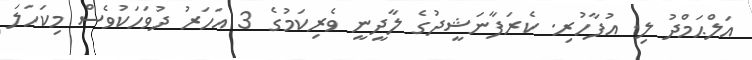
އަލްޙަމްދު ލި. އުފާހުރި. ކެރަފާނަޝީދުގެ ލާދީނީ ވެރިކަމުގެ 3 އަހަރު ދުވަހަކުވެސް މިކަހަލަ